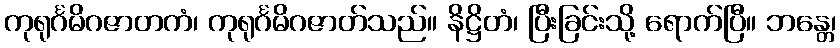
ကုရုင်္ဂမိဂဇာတကံ၊ ကုရုင်္ဂမိဂဇာတ်သည်။ နိဋ္ဌိတံ၊ ပြီးခြင်းသို့ ရောက်ပြီ။ ဘန္တေ၊